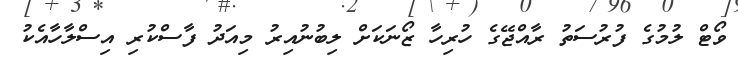
ވޯޓް ލުމުގެ ފުރުސަތު ރާއްޖޭގެ ހުރިހާ ޒޯނަކަށް ލިބުނުއިރު މިއަދު ފާސްކުރި އިސްލާހާއެކު